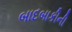
બાદબાકીની